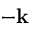
- \mathbf { k }